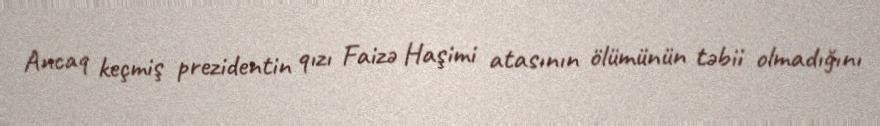
Ancaq keçmiş prezidentin qızı Faizə Haşimi atasının ölümünün təbii olmadığını